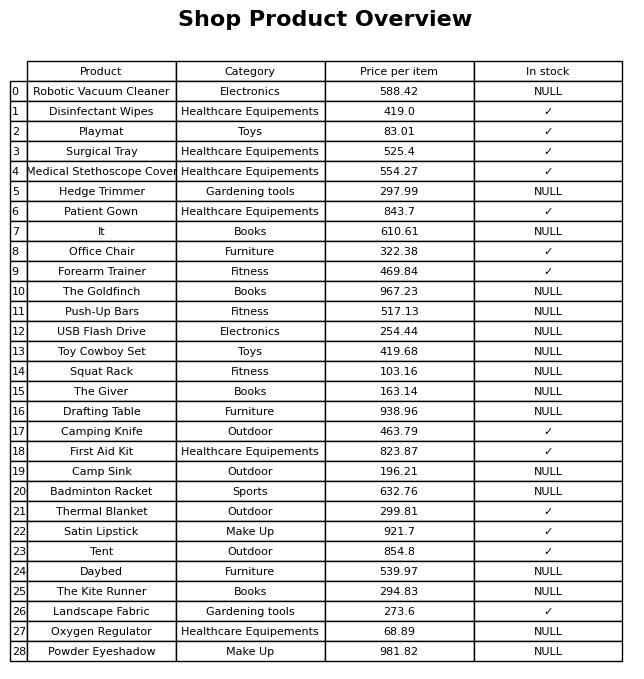
question: What category does the Toy Cowboy Set belong to?
answer: Toys